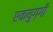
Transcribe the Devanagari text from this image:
एकयुग्गी